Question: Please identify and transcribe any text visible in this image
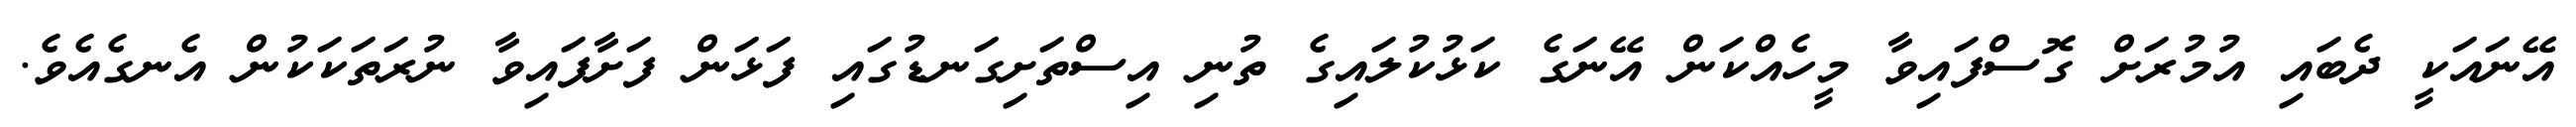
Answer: އޭނައަކީ ދެބައި އުމުރަށް ގޮސްފައިވާ މީހެއްކަން އޭނަގެ ކަޅުކުލައިގެ ތުނި އިސްތަށިގަނޑުގައި ފަޅަން ފަށާފައިވާ ނުރަތަކަކުން އެނގެއެވެ.